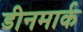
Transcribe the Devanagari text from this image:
डीनमार्क